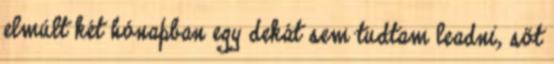
elmúlt két hónapban egy dekát sem tudtam leadni, sőt